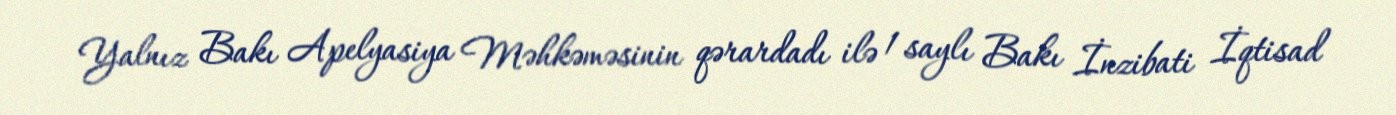
Yalnız Bakı Apelyasiya Məhkəməsinin qərardadı ilə 1 saylı Bakı İnzibati İqtisad